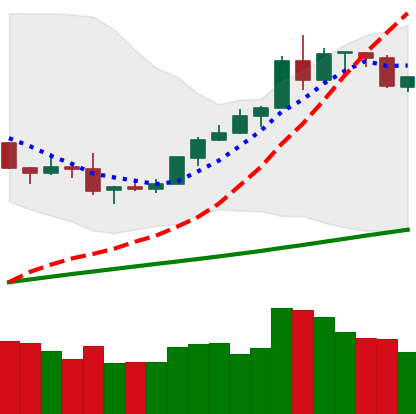
Ticker: BTC-USD
Chart end date: 2019-08-11
Forward return: -9.973%
Label: down_7plus